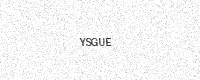
Text: YSGUE